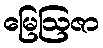
မြေဩဇာ